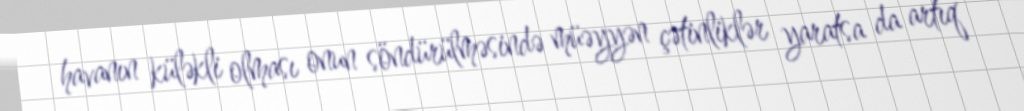
havanın küləkli olması onun söndürülməsində müəyyən çətinliklər yaratsa da artıq